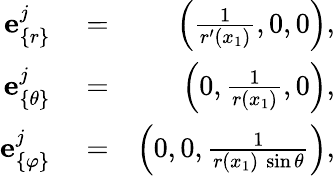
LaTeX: \begin{array}{rlr}{{\mathbf e}_{\{ r\} }^{j}}&{{}=}&{\left(\frac{1}{r^{\prime}(x_{1})},0,0\right),}\\ {{\mathbf e}_{\{ \theta\} }^{j}}&{{}=}&{\left(0,\frac{1}{r(x_{1})},0\right),}\\ {{\mathbf e}_{\{ \varphi\} }^{j}}&{{}=}&{\left(0,0,\frac{1}{r(x_{1})\ \sin\theta}\right),}\end{array}